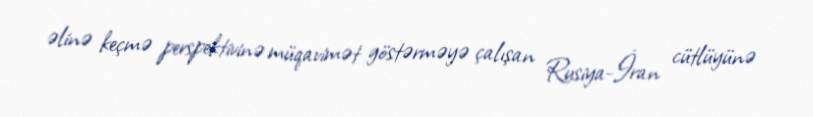
əlinə keçmə perspektivinə müqavimət göstərməyə çalışan Rusiya-İran cütlüyünə